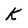
Character: k